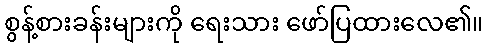
စွန့်စားခန်းများကို ရေးသား ဖော်ပြထားလေ၏။